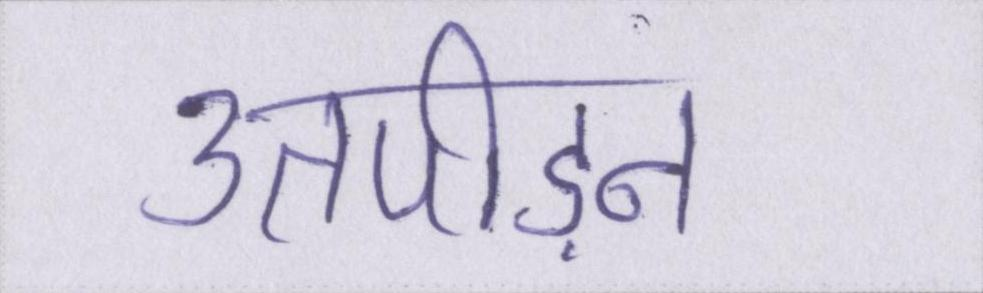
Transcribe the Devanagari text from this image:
उतपीड़न